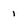
Character: 1